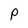
Character: p